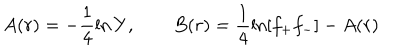
LaTeX: A ( r ) = - \frac { 1 } { 4 } \ln Y , \qquad B ( r ) = \frac { 1 } { 4 } \ln [ f _ { + } f _ { - } ] - A ( r )